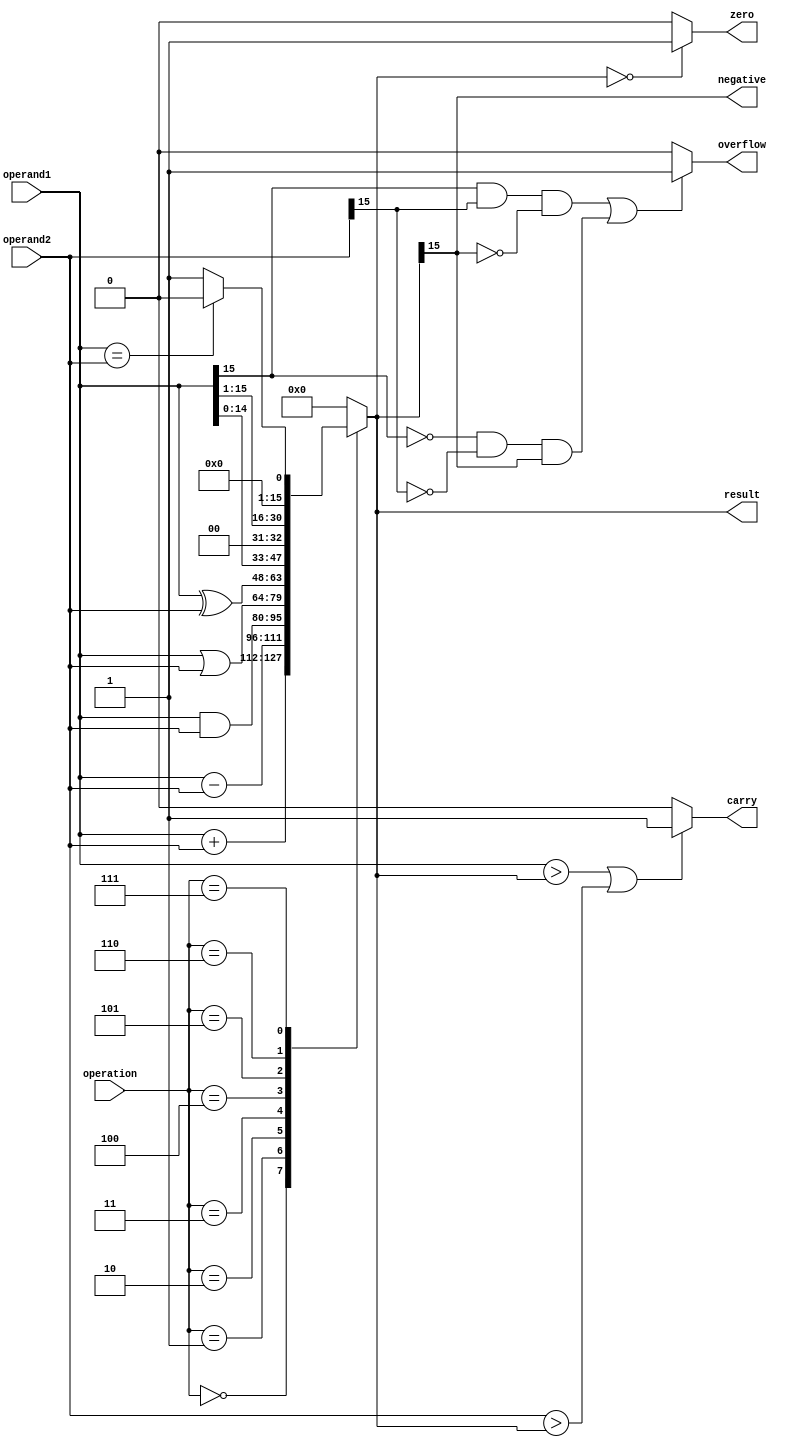
module ALU (
    input [15:0] operand1,
    input [15:0] operand2,
    input [3:0] operation,
    output reg [15:0] result,
    output reg zero,
    output reg carry,
    output reg overflow,
    output reg negative
);

always @(*) begin
    case(operation)
        4'b0000: result = operand1 + operand2; // addition
        4'b0001: result = operand1 - operand2; // subtraction
        4'b0010: result = operand1 & operand2; // AND
        4'b0011: result = operand1 | operand2; // OR
        4'b0100: result = operand1 ^ operand2; // XOR
        4'b0101: result = operand1 << 1; // shift left
        4'b0110: result = operand1 >> 1; // shift right
        4'b0111: result = (operand1 == operand2) ? 16'b0000 : 16'b0001; // comparison
        default: result = 16'b0000; // default operation is set to 0
    endcase
end

// setting flags based on result
always @(result) begin
    zero = (result == 16'b0000) ? 1 : 0;
    carry = ((operand1 > result) || (operand2 > result)) ? 1 : 0;
    overflow = ((operand1[15] & operand2[15] & ~result[15]) | (~operand1[15] & ~operand2[15] & result[15])) ? 1 : 0;
    negative = result[15];
end

endmodule